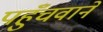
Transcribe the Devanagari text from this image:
पहुँचवाने